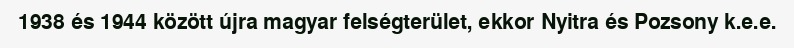
1938 és 1944 között újra magyar felségterület, ekkor Nyitra és Pozsony k.e.e.